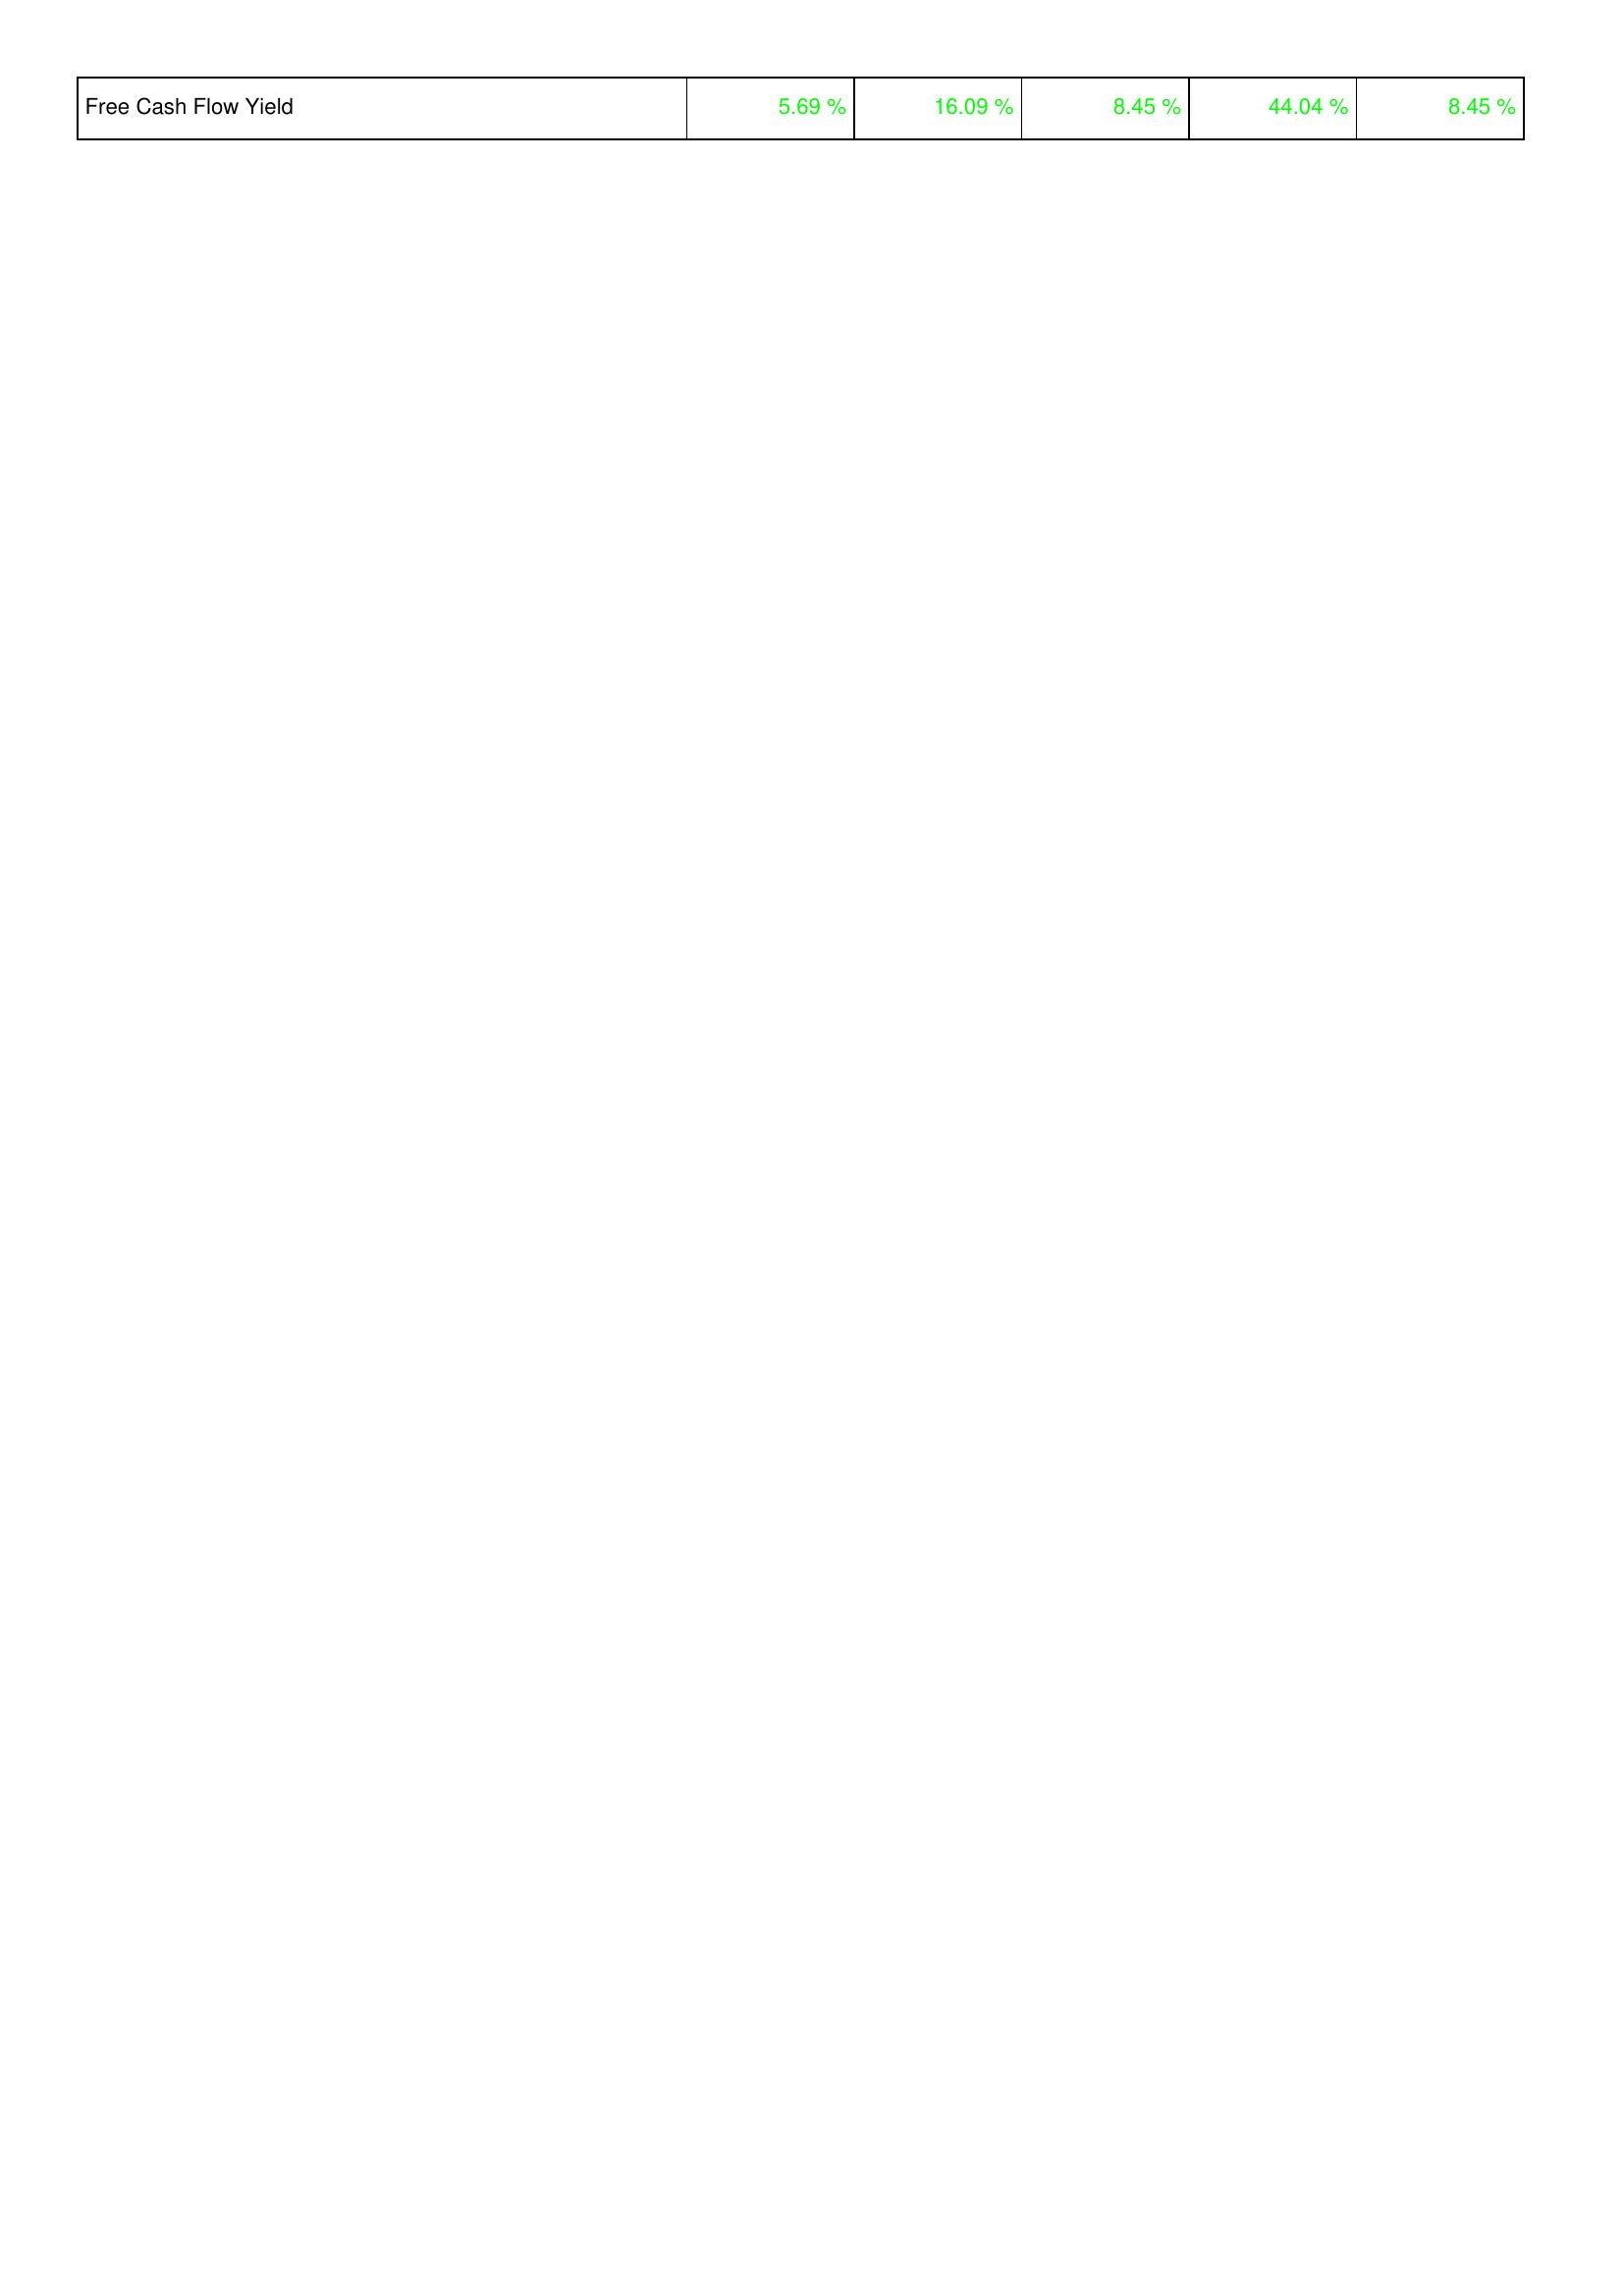
2014: Financing Activities: Free Cash Flow Yield: 5.69 %
2013: Financing Activities: Free Cash Flow Yield: 16.09 %
2012: Financing Activities: Free Cash Flow Yield: 8.45 %
2011: Financing Activities: Free Cash Flow Yield: 44.04 %
2010: Financing Activities: Free Cash Flow Yield: 8.45 %